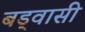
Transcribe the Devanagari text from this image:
बड्वासी